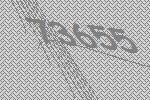
73655